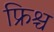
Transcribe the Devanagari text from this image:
फ्रिश्च